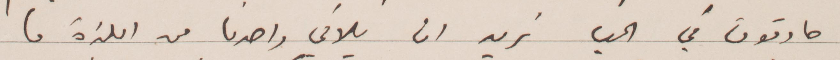
صادقون في الحب نريد ان يلاقي واحدنا من اللذة ما